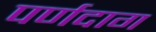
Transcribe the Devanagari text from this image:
पर्णदाग